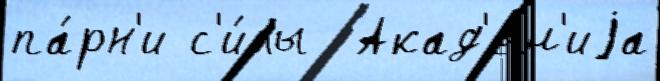
па́рн'и с'и́лы  Акад'е́м'иjа